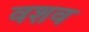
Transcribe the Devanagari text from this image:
वशव